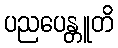
ပညပေန္တူတိ